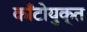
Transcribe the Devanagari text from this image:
काँटोयुक्त